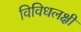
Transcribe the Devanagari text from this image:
विविधलक्षी